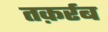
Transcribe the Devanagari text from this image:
तक़र्रब